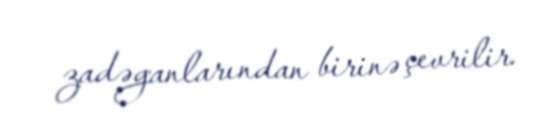
zadəganlarından birinə çevrilir.